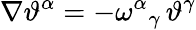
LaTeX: \nabla\vartheta^{\alpha}=-\omega^{\alpha}{}_{\gamma}\, \vartheta^{\gamma}